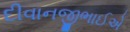
દીવાનજીભાઈએ